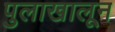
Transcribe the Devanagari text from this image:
पुलाखालून